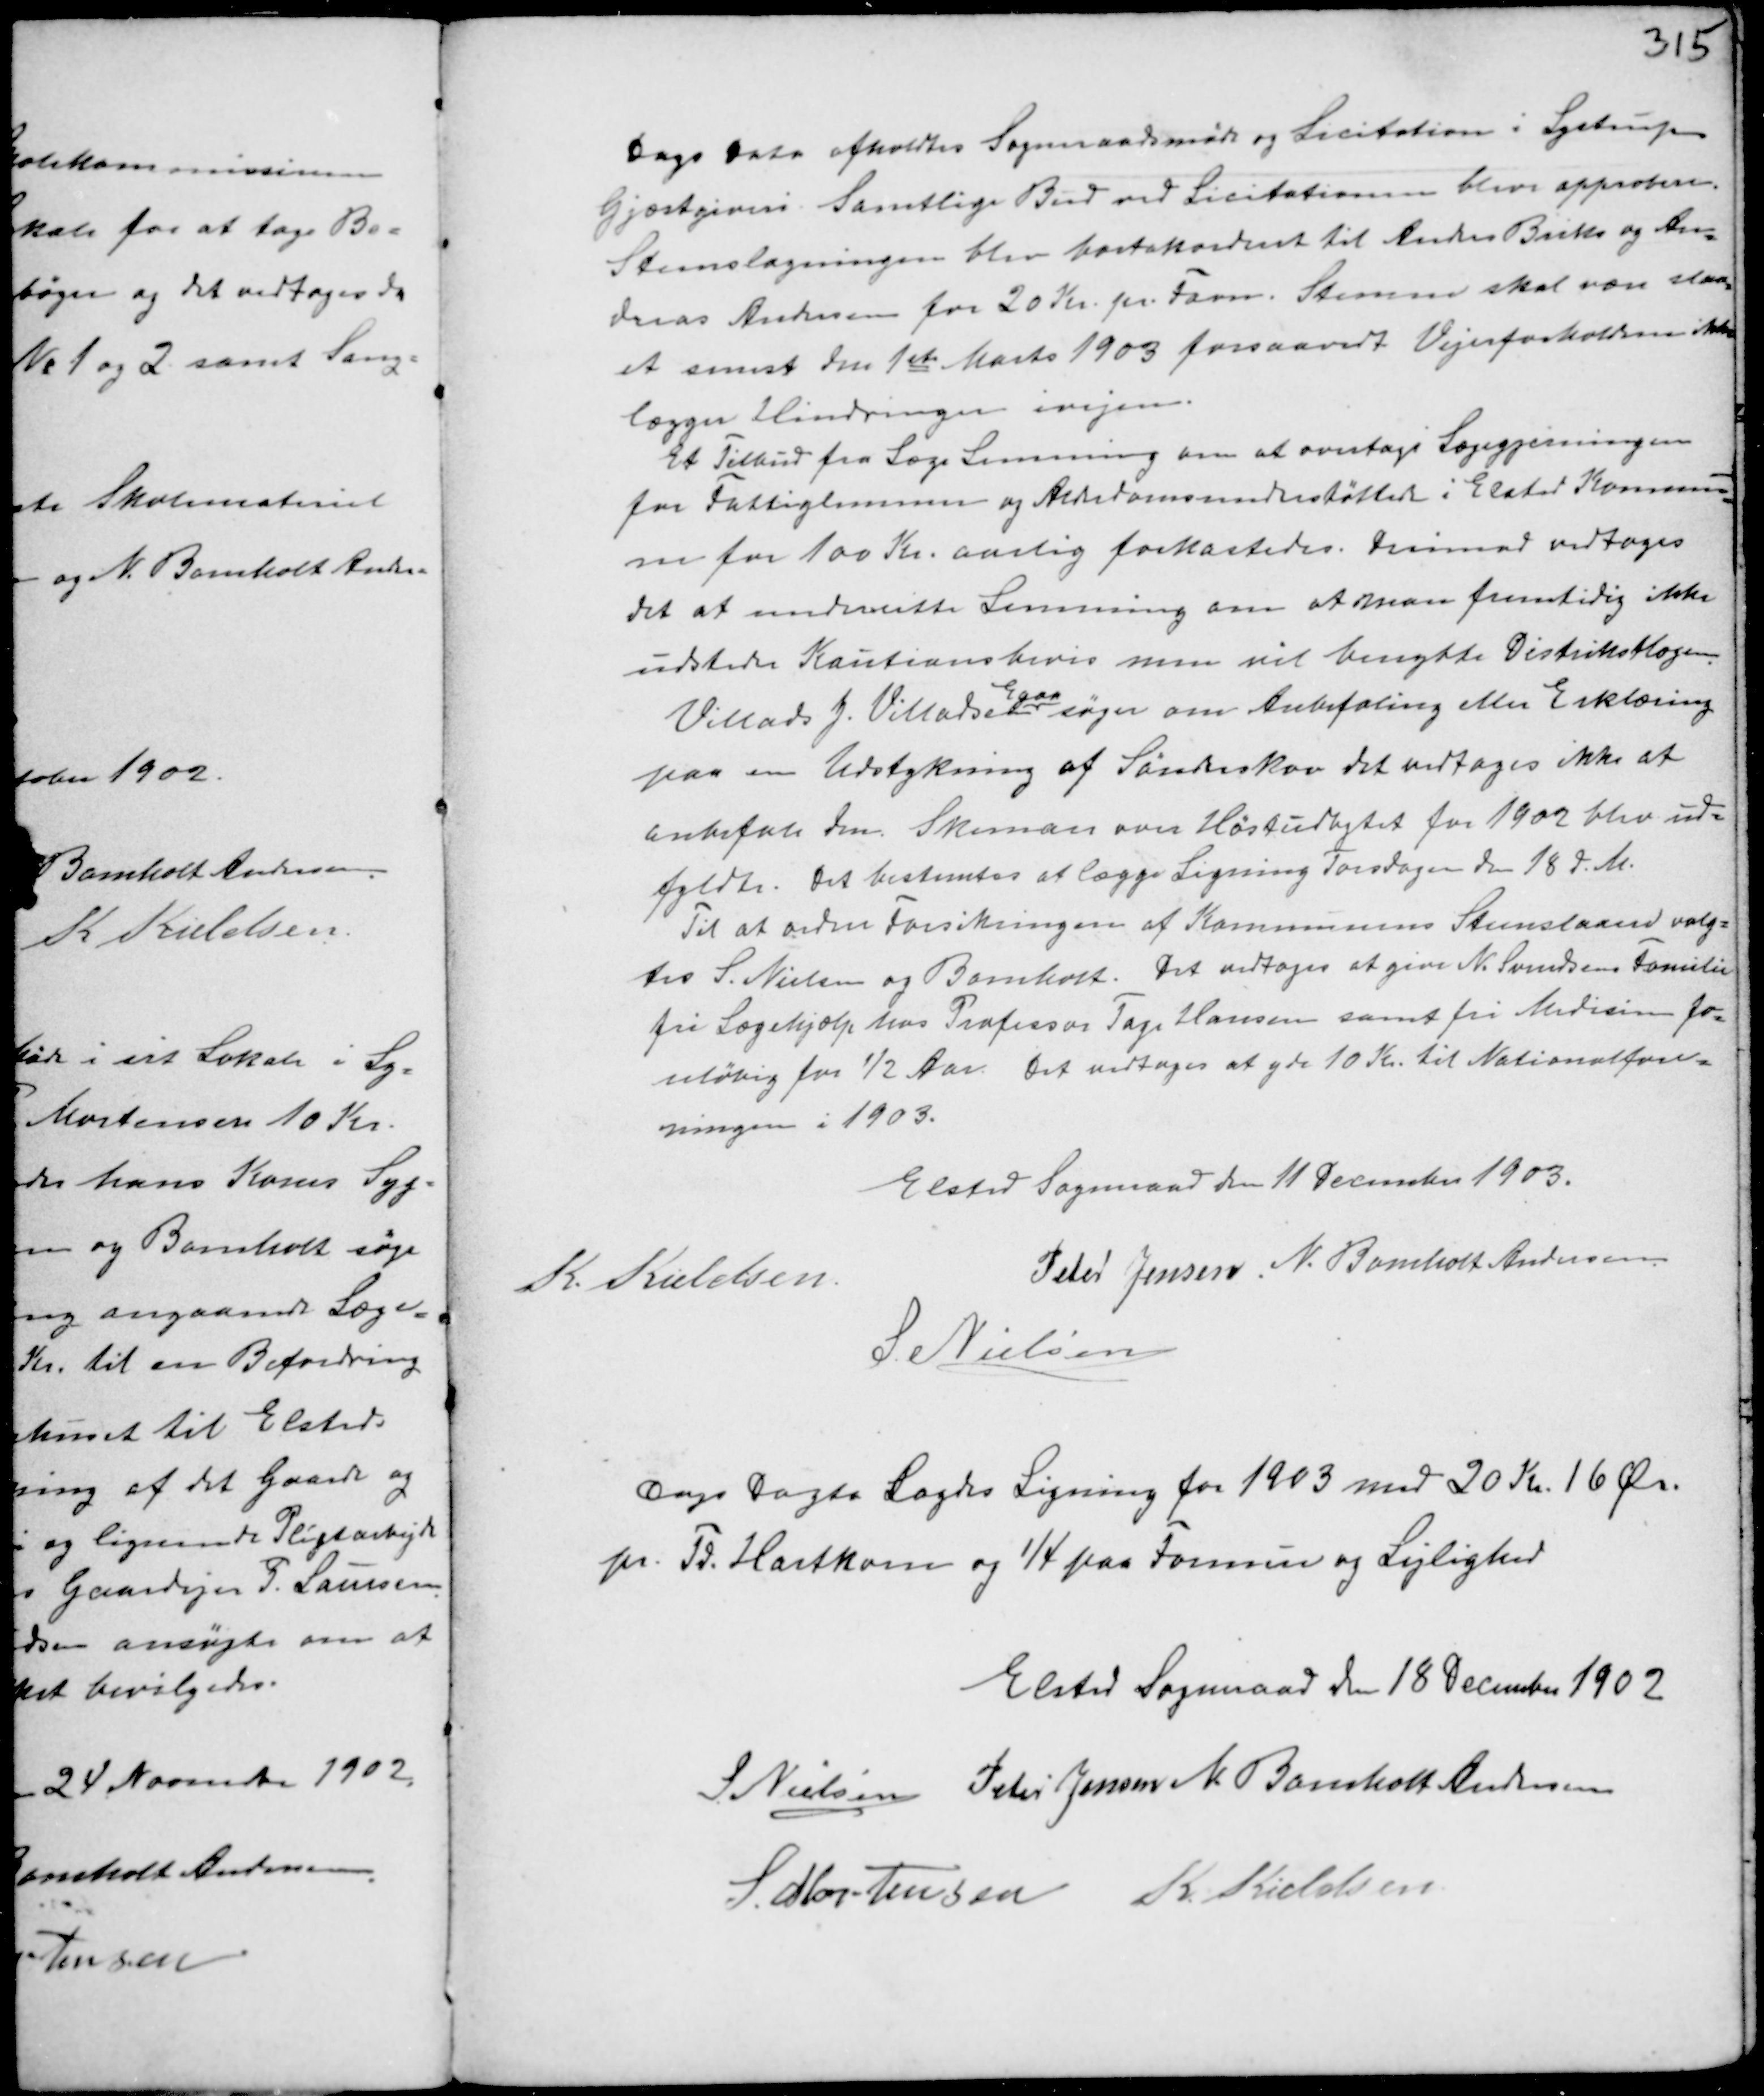
Transskription:
Dags Dato afholdtes Sogneraadsmøde og Licitation i Lystrup
Gjæstgiveri. Samtlige Bud ved Licitationen blev approben.
Steenslagningen blev bortattesteret til Anders Briks og An-
dreas Andersen for 20 Kr. pr. Favn. Steenene skal være slaa-
et senest den 1ste Marts 1903 forsaavidt Vejrforholdene ikke
lægger Hindringer ivejen.
Et Tilbud fra Læge Lemming om at overtage Lægegjerningen
for Fattiglemmer og Alderdomsunderstøttede i Elsted Kommu-
ne for 100 Kr. aarlig forkastedes. Derimod vedtages
det at underrette Lemming om at man fremtidig ikke
udsteder Kautionsbevis men vil benytte Distriktslægen.
Villads J. Villadsen
Egaa
søger om Anbefaling eller erklæring
paa en Udstykning af Sønderskov det vedtoges ikke at
anbefale den. Skemaer over Høstudbyttet for 1902 blev ud-
fyldte. Det bestemtes at lægge Ligning Torsdagen den 18 d.M.
Til at ordne Forsikringen af Kommunens Steenslaaen valg-
tes S. Nielsen og Bomholt. Det vedtoges at give N. Svendsens Familie
fri Lægehjælp hos Professor Tage Hansen samt fri Medicin fo-
reløbig for ½ Aar. Det vedtoges at yde 10 Kr til Nationalfore-
ningen i 1903.

Elsted Sogneraad den 11. December 1903.
K. Kieldsen
Peter Jensen N. Bomholt Andersen
S. Nielsen

Dags Dato Lagdes Ligning for 1903 med 20 Kr 16 Ør.
pr Td Hartkorn og 1/4 paa Formue og Lejlighed

Elsted Sogneraad den 18 December 1902
S. Nielsen Peter Jensen N. Bomholt Andersen
S. Mortensen K. Kieldsen